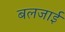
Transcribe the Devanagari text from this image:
बलजाई